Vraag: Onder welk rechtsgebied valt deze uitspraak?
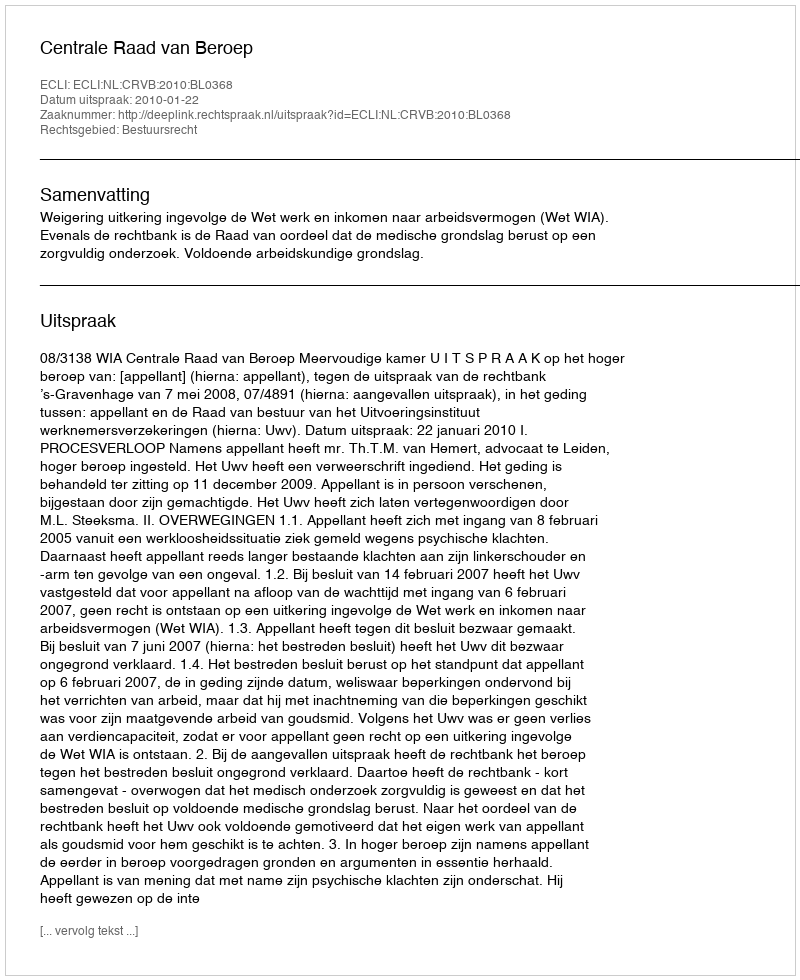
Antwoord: Bestuursrecht